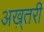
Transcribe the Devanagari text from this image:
अख़्तरी